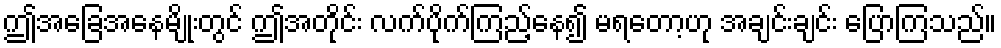
ဤအခြေအနေမျိုးတွင် ဤအတိုင်း လက်ပိုက်ကြည့်နေ၍ မရတော့ဟု အချင်းချင်း ပြောကြသည်။